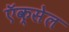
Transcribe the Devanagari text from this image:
ऍक्सेल